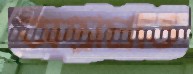
অস্ত্রাঘাত